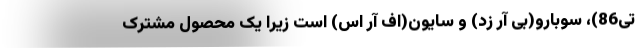
تی86)، سوبارو(بی آر زد) و سایون(اف آر اس) است زیرا یک محصول مشترک